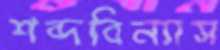
শব্দবিন্যাস